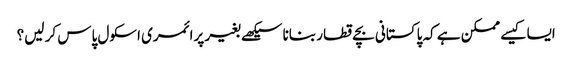
ایسا کیسے ممکن ہے کہ پاکستانی بچے قطار بنانا سیکھے بغیر پرائمری اسکول پاس کر لیں؟